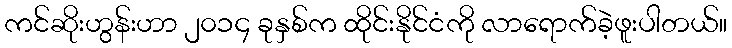
ကင်ဆိုးဟွန်းဟာ ၂၀၁၄ ခုနှစ်က ထိုင်းနိုင်ငံကို လာရောက်ခဲ့ဖူးပါတယ်။